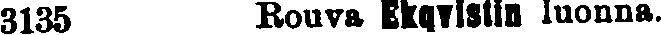
3135 Rouva Ekqvistin luonna.